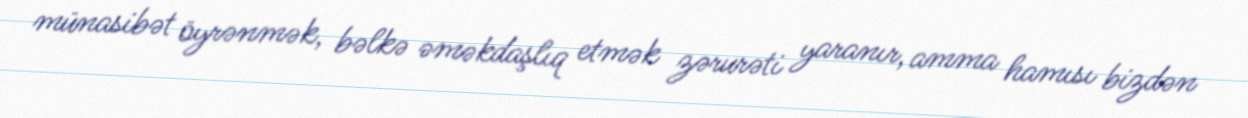
münasibət öyrənmək, bəlkə əməkdaşlıq etmək zərurəti yaranır, amma hamısı bizdən